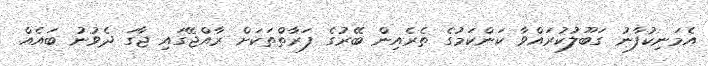
އެމަނިކުފާނު ގަބޫލުކުރައްވާ ކަންކަމުގެ ތެރެއިން ބޭރުގެ ފަރާތްތަކަށް ރާއްޖޭގައި ޖާގަ ދެވުނު ބައެއް